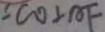
C O \bot A F